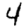
Digit: 4